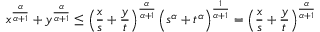
x ^ { \frac { \alpha } { \alpha + 1 } } + y ^ { \frac { \alpha } { \alpha + 1 } } \leq \left( { \frac { x } { s } } + { \frac { y } { t } } \right) ^ { \frac { \alpha } { \alpha + 1 } } { \Big ( } s ^ { \alpha } + t ^ { \alpha } { \Big ) } ^ { \frac { 1 } { \alpha + 1 } } = \left( { \frac { x } { s } } + { \frac { y } { t } } \right) ^ { \frac { \alpha } { \alpha + 1 } }